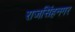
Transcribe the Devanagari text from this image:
राजसिंहनगर